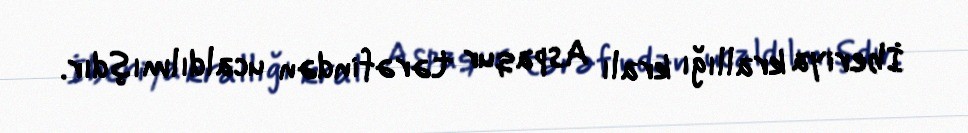
İberiya krallığı kralı Aspaqur tərəfindən ucaldılmışdır.